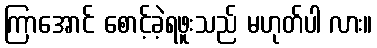
ကြာအောင် စောင့်ခဲ့ရဖူးသည် မဟုတ်ပါ လား။